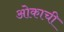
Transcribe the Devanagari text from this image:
ओकाची